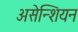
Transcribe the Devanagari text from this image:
असेन्शियन